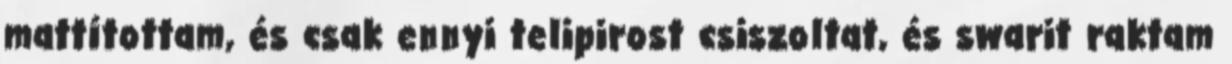
mattítottam, és csak ennyi telipirost csiszoltat, és swarit raktam